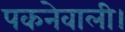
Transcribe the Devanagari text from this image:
पकनेवाली।